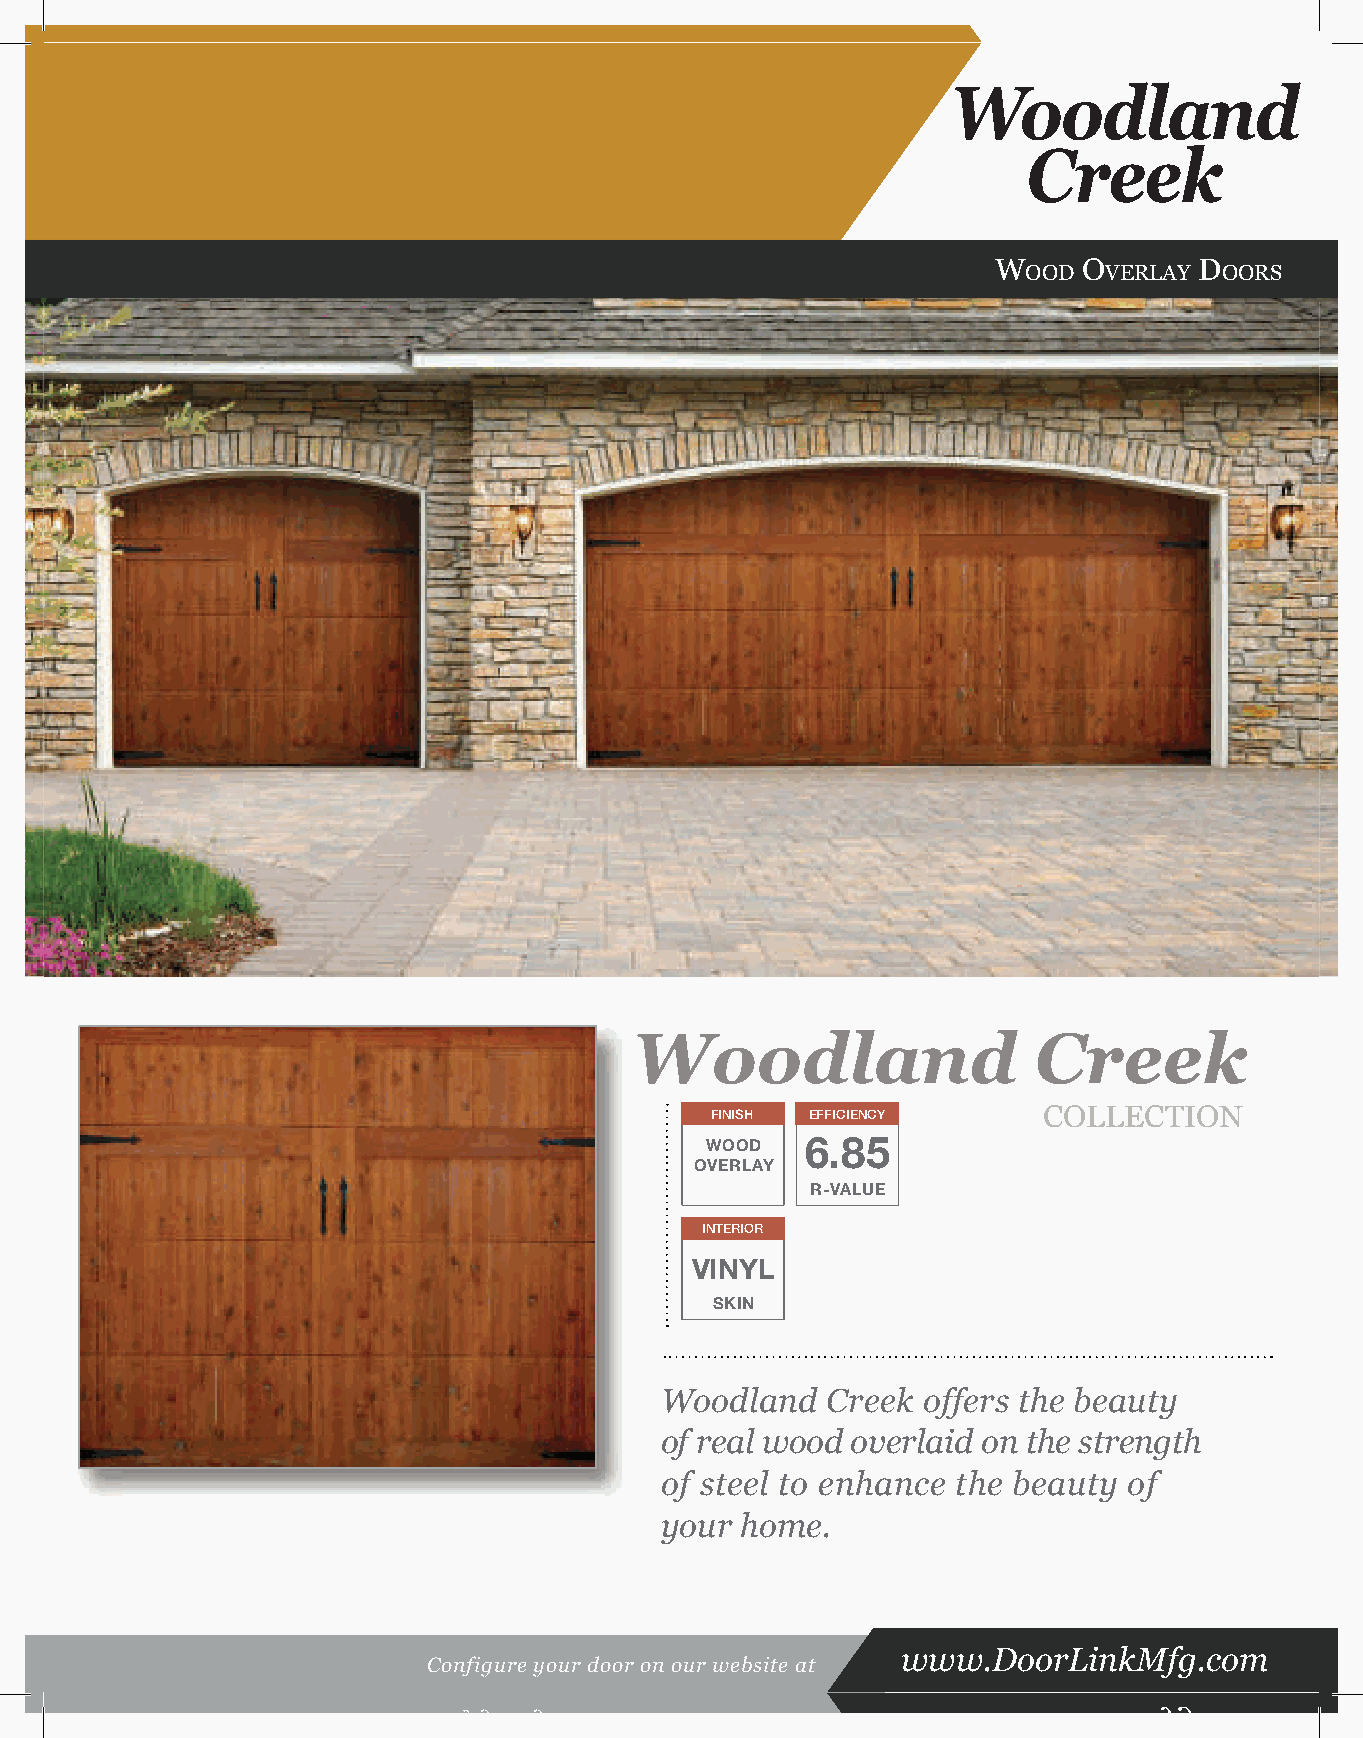
Woodland
 Creek
 W     O      D
 OOD  VERLAY  OORS
 Woodland                  Creek
 FINISH EFFICIENCY     COLLECTION
 6.85
 WOOD
 OVERLAY
 R-VALUE
 INTERIOR
 VINYL
 SKIN
 Woodland   Creek offers the beauty
 of real wood overlaid on the strength
 of steel to enhance the beauty of
 your home.
 www.DoorLinkMfg.com
 Configure your door on our website at
 f g y                                         f g